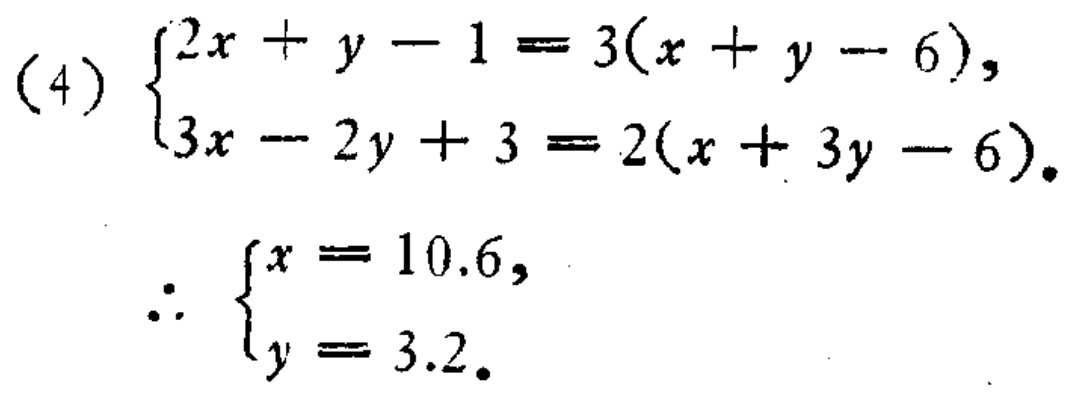
\[\begin{cases}
2x + y - 1 = 3(x + y - 6),\\
3x - 2y + 3 = 2(x + 3y - 6).
\end{cases}\]
\[\therefore \begin{cases}
x = 10.6,\\
y = 3.2.
\end{cases}\]